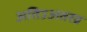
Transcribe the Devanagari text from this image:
अतिउअतरव्र